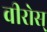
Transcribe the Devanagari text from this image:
वीरोस्